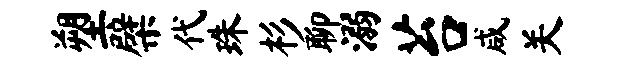
塑檗代珠杉聊溺苔咸关